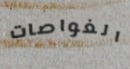
الغواصات